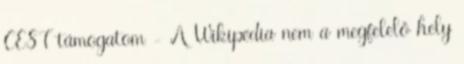
CEST támogatom - A Wikipédia nem a megfelelő hely